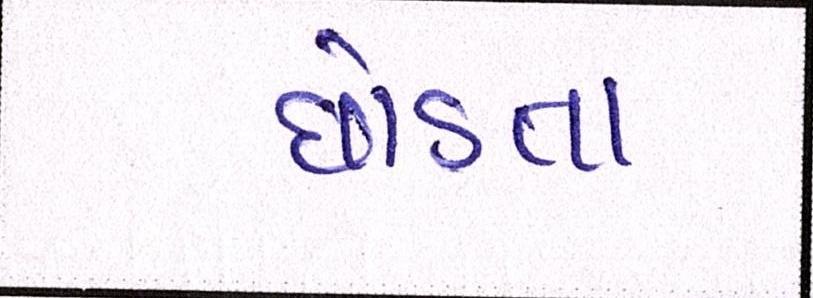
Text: છોડતા